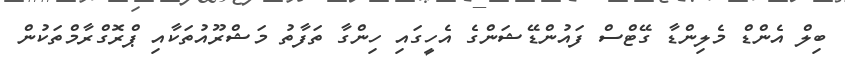
ބިލް އެންޑް މެލިންޑާ ގޭޓްސް ފައުންޑޭޝަންގެ އެހީގައި ހިންގާ ތަފާތު މަޝްރޫއުތަކާއި ޕްރޮގްރާމްތަކުން